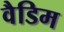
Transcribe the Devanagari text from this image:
वैडिम